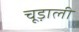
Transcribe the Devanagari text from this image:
चूड़ाली